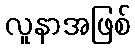
လူနာအဖြစ်